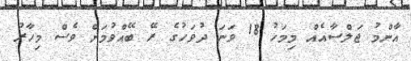
އާންމު ޖަލްސާއެއް މިމަހު 18 ވަނަ ދުވަހުގެ ރޭ ބޭއްވުމަށް ވެސް މިހާރު